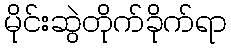
မိုင်းဆွဲတိုက်ခိုက်ရာ